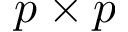
p \times p